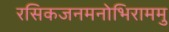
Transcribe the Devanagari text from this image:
रसिकजनमनोभिराममु